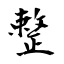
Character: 整